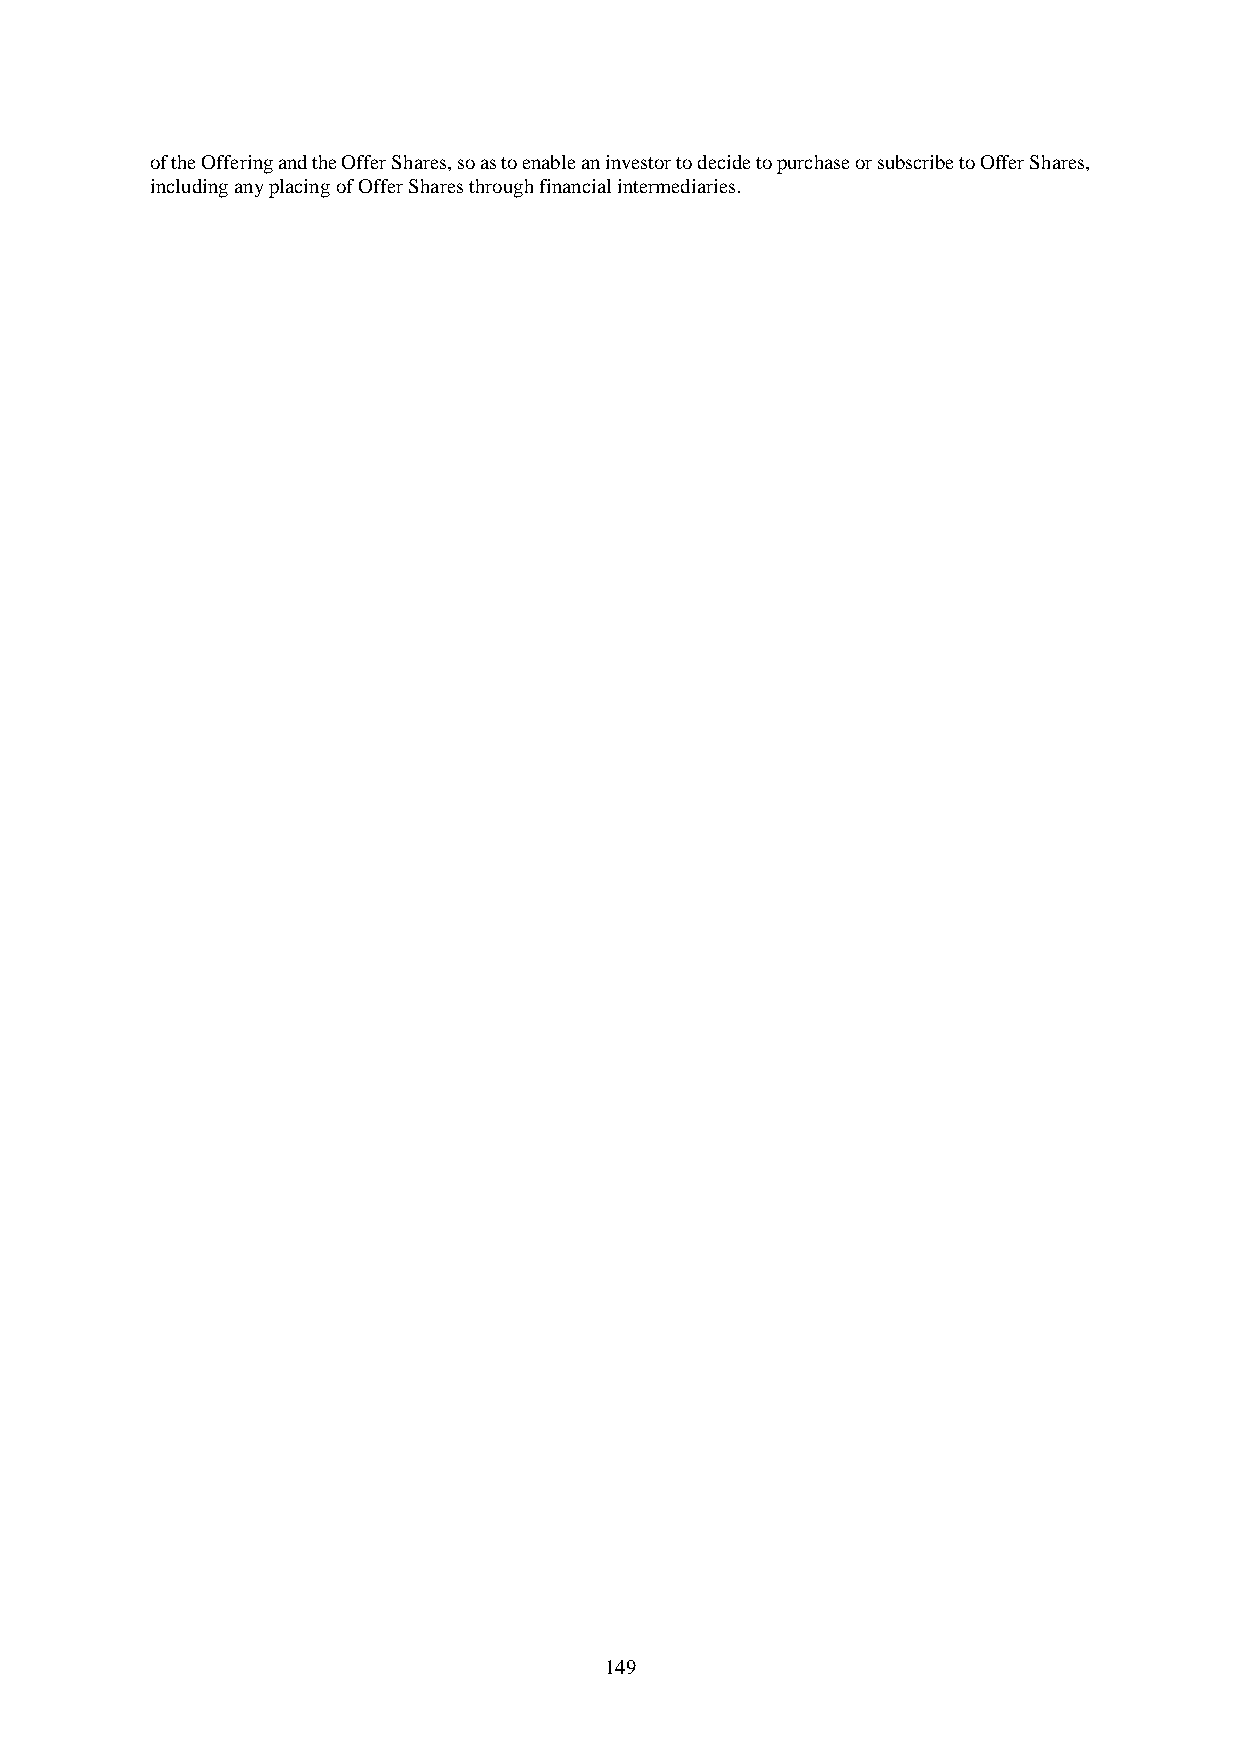
of the Offering and the Offer Shares, so as to enable an investor to decide to purchase or subscribe to Offer Shares,
 including any placing of Offer Shares through financial intermediaries.
 149